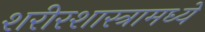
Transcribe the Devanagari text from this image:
शरीरशास्त्रामध्ये